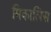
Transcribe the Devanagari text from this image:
मिकालिस